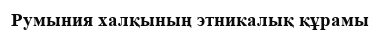
Румыния халқының этникалық құрамы